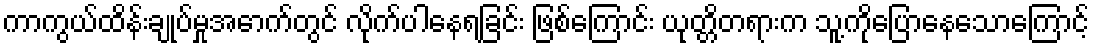
ကာကွယ်ထိန်းချုပ်မှုအောက်တွင် လိုက်ပါနေရခြင်း ဖြစ်ကြောင်း ယုတ္တိတရားက သူ့ကိုပြောနေသောကြောင့်